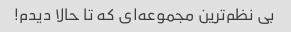
بی نظم‌ترین مجموعه‌ای که تا حالا دیدم!